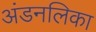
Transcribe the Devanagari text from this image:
अंडनलिका